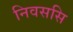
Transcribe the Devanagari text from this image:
निवससि